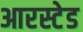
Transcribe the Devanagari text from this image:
आरस्टेड